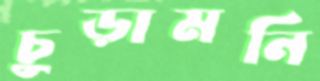
চুড়ামনি